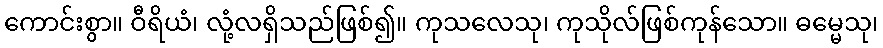
ကောင်းစွာ။ ဝီရိယံ၊ လုံ့လရှိသည်ဖြစ်၍။ ကုသလေသု၊ ကုသိုလ်ဖြစ်ကုန်သော။ ဓမ္မေသု၊